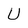
Character: U